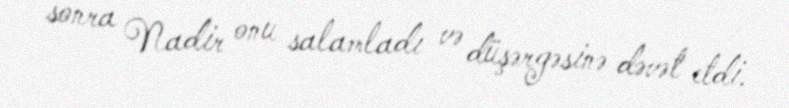
sonra Nadir onu salamladı və düşərgəsinə dəvət etdi.